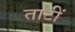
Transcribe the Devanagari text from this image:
ताटीं